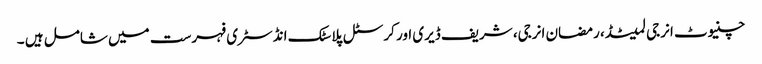
چنیوٹ انرجی لمیٹڈ، رمضان انرجی، شریف ڈیری اور کرسٹل پلاسٹک انڈسٹری فہرست میں شامل ہیں ۔